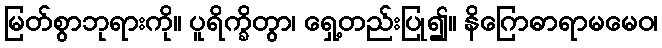
မြတ်စွာဘုရားကို။ ပူရိက္ခိတွာ၊ ရှေ့တည်းပြု၍။ နိဂြောဓာရာမမေဝ၊